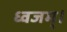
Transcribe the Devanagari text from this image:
ध्वजम्।